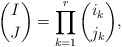
\begin{align*}\binom{I}{J}=\prod_{k=1}^r \binom{i_k}{j_k},\end{align*}